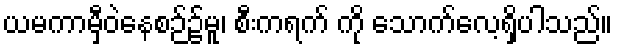
ယမကာမှီဝဲနေစဉ်၌မူ၊ စီးကရက် ကို သောက်လေ့ရှိပါသည်။